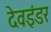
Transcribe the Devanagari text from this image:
देवइंडर